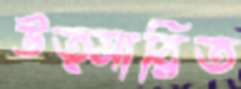
উত্সারিত